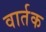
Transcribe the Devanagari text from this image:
वार्तक